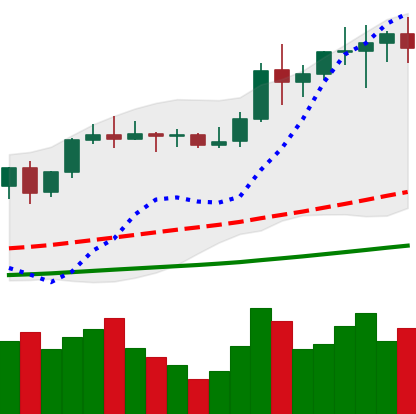
Ticker: LTC-USD
Chart end date: 2021-01-10
Forward return: -15.707%
Label: down_7plus